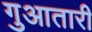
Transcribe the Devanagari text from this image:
गुआतारी